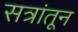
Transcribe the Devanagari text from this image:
सत्रांतून